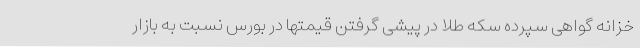
خزانه گواهی سپرده سکه طلا در پیشی گرفتن قیمتها در بورس نسبت به بازار